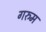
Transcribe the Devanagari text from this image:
गरुम